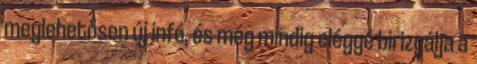
meglehetősen új infó, és még mindig eléggé birizgálja a